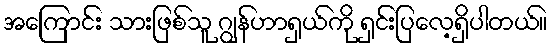
အကြောင်း သားဖြစ်သူ ဂျွန်ဟာရှယ်ကို ရှင်းပြလေ့ရှိပါတယ်။